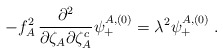
\begin{align*}-f_A^2\,{\partial^2\over \partial\zeta_A\partial\zeta_A^c}\psi^{A,(0)}_+=\lambda^2\psi^{A,(0)}_+\;.\end{align*}